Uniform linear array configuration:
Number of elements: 8
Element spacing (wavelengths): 0.5
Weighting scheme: blackman
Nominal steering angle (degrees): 15
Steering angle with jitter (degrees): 15.027
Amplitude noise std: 0.05
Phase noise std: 0.05

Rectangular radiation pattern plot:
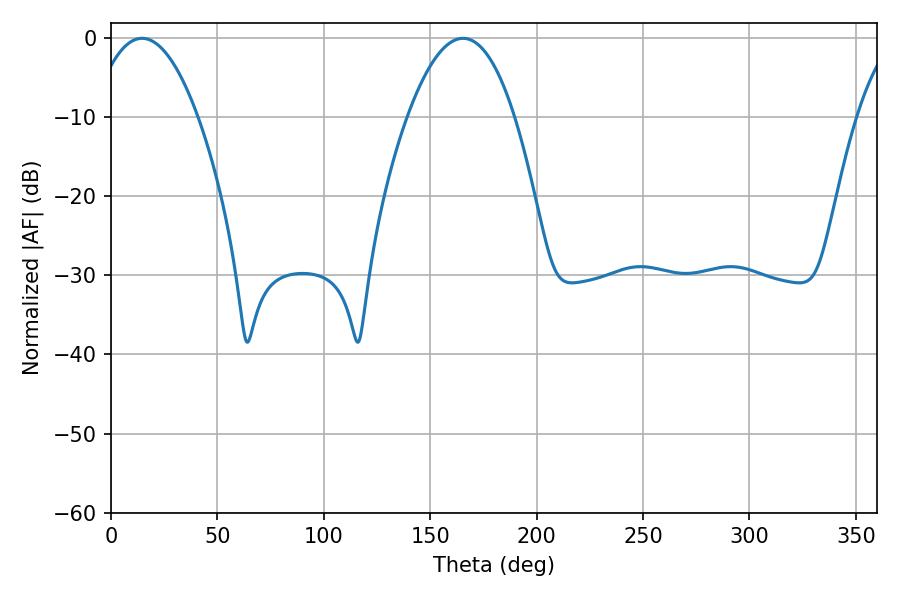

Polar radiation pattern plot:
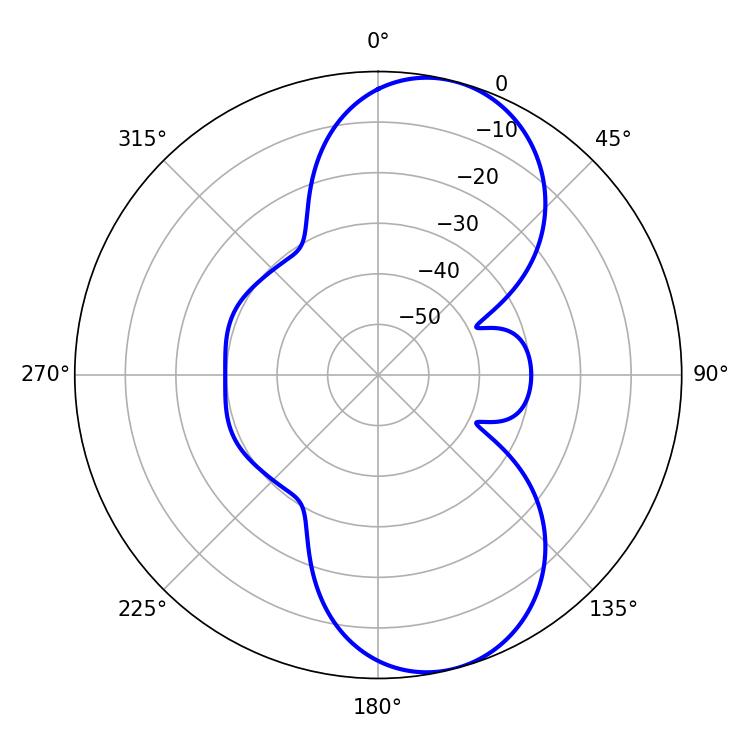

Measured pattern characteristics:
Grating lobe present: FALSE
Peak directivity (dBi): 8.786
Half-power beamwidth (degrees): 27.72
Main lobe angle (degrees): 14.58